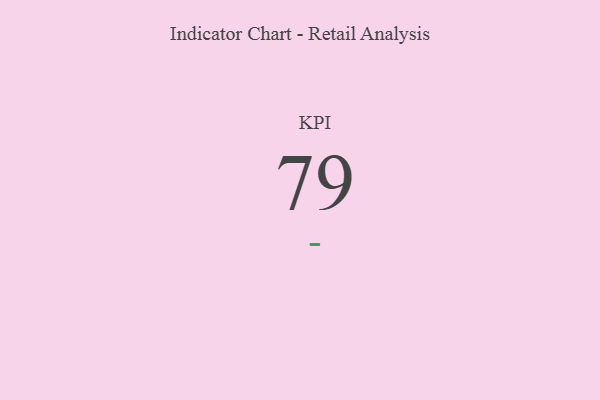
{"axis": {"x": "KPI", "y": "Value"}, "legend": [""], "data": [{"x": "KPI", "y": 79, "type": ""}]}